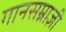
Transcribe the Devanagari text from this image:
गानसम्राज्ञी